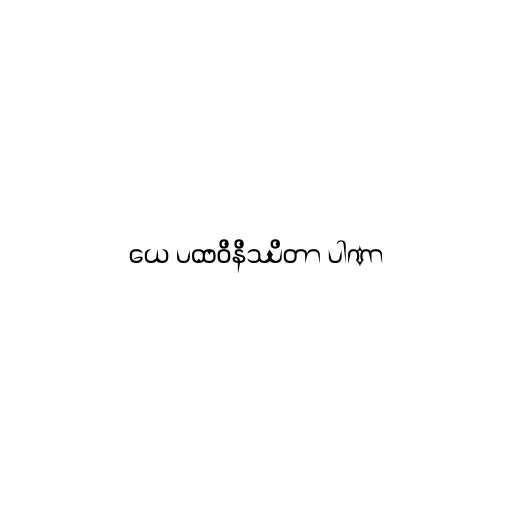
ယေ ပထဝိနိဿိတာ ပါဏာ